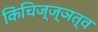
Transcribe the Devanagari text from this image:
किंचिज्ज्ञत्व